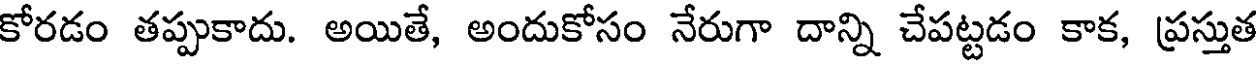
కోరడం తప్పుకాదు. అయితే, అందుకోసం నేరుగా దాన్ని చేపట్టడం కాక, ప్రస్తుత